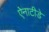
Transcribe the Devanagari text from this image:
ऐनाटीडे